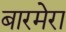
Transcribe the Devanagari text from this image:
बारमेरा